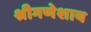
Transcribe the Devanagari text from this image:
श्रीगणेशाय